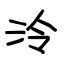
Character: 泠